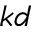
k d